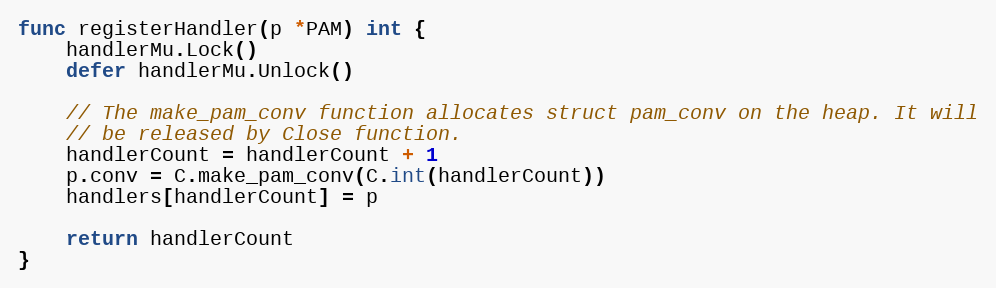
Language: Go
func registerHandler(p *PAM) int {
	handlerMu.Lock()
	defer handlerMu.Unlock()

	// The make_pam_conv function allocates struct pam_conv on the heap. It will
	// be released by Close function.
	handlerCount = handlerCount + 1
	p.conv = C.make_pam_conv(C.int(handlerCount))
	handlers[handlerCount] = p

	return handlerCount
}